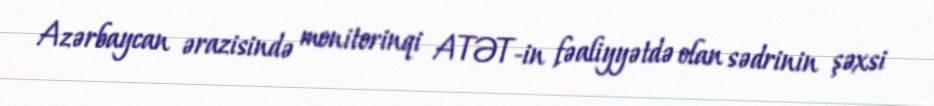
Azərbaycan ərazisində monitorinqi ATƏT-in fəaliyyətdə olan sədrinin şəxsi